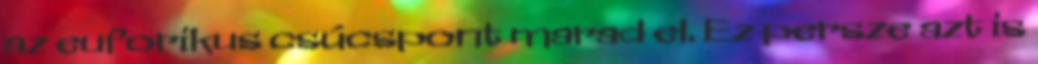
az euforikus csúcspont marad el. Ez persze azt is